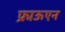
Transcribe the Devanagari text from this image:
फ्राऊएन